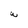
Character: W